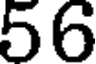
56